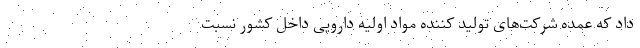
داد که عمده شرکت‌های تولید کننده مواد اولیه دارویی داخل کشور نسبت